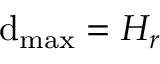
\mathrm { d } _ { \mathrm { m a x } } = H _ { r }